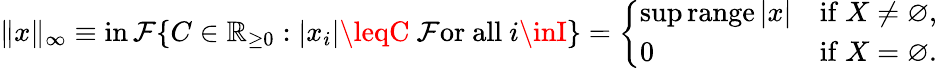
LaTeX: \| x\| _{\infty}\equiv\operatorname*{in\mathcal{F}}\{ C\in\mathbb{{R}}_{\geq0}:|x_{i}|\leqC{\mathrm{{~\mathcal{F}or~all~}}}i\inI\} ={\left\{ \begin{array}{ll}{\operatorname*{sup}\operatorname{range}|x|}&{{\mathrm{if~}}X\neq\varnothing,}\\ {0}&{{\mathrm{if~}}X=\varnothing.}\end{array}\right.}